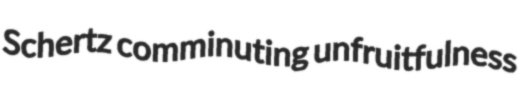
Schertz comminuting unfruitfulness